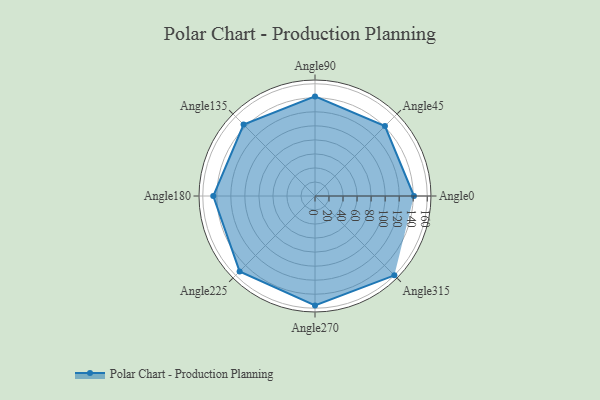
{"axis": {"x": "Angle", "y": "Radius"}, "legend": [""], "data": [{"x": "Angle0", "y": 141.0, "type": ""}, {"x": "Angle45", "y": 141.0, "type": ""}, {"x": "Angle90", "y": 142.0, "type": ""}, {"x": "Angle135", "y": 144.0, "type": ""}, {"x": "Angle180", "y": 145.0, "type": ""}, {"x": "Angle225", "y": 152.0, "type": ""}, {"x": "Angle270", "y": 156.0, "type": ""}, {"x": "Angle315", "y": 160.0, "type": ""}]}